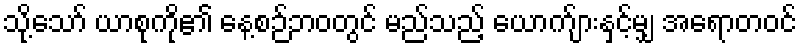
သို့သော် ယာစုကို၏ နေ့စဉ်ဘဝတွင် မည်သည့် ယောက်ျားနှင့်မျှ အရောတဝင်